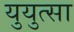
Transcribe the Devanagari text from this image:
युयुत्सा